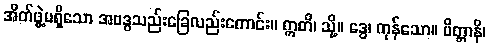
အိတ်ဖွဲ့မရှိသော အဗဒ္ဓသည်းခြေလည်းကောင်း။ ဣတိ၊ သို့။ ဒွေ၊ ကုန်သော။ ပိတ္တာနိ၊